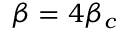
\beta = 4 \beta _ { c }